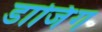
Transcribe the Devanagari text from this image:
डाजिंग